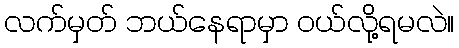
လက်မှတ် ဘယ်နေရာမှာ ဝယ်လို့ရမလဲ။